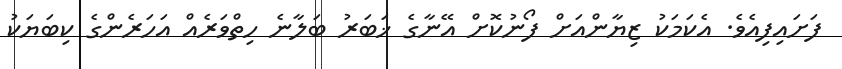
ފަށައިފިއެވެ. އެކަމަކު ޒިޔާންއަށް ފޯނުކޮށް އޭނާގެ ޚަބަރު ބަލާނެ ހިތްވަރެއް އަހަރެންގެ ކިބަޔަކު